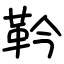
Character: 靲